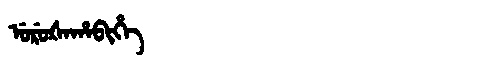
Manchu: ᡠᡵᡠᡧᠠᡥᠠᠪᡳᡥᡝ
Romanization: URUŠAHABIHE